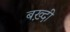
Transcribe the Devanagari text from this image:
बख़्दी